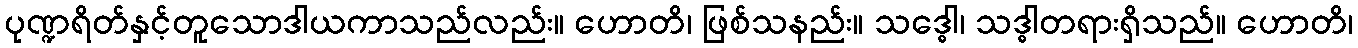
ပုဏ္ဍရိတ်နှင့်တူသောဒါယကာသည်လည်း။ ဟောတိ၊ ဖြစ်သနည်း။ သဒ္ဓေါ၊ သဒ္ဓါတရားရှိသည်။ ဟောတိ၊